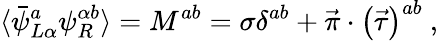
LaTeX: \langle\bar{\psi}_{L\alpha}^{a}\psi_{R}^{\alpha b}\rangle=M^{ab}=\sigma\delta^{ab}+\vec{\pi}\cdot\left(\vec{\tau}\right)^{ab}\ ,